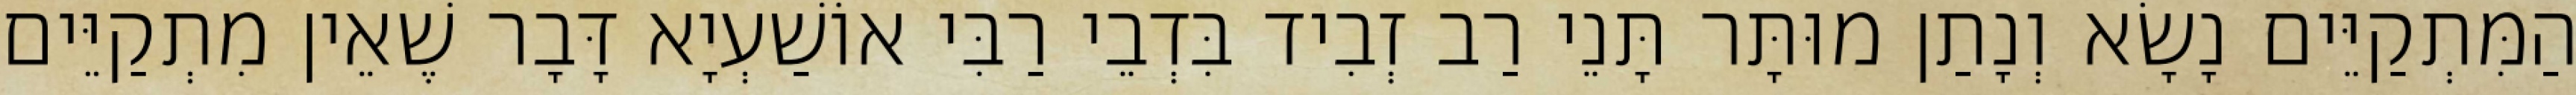
הַמִּתְקַיֵּים נָשָׂא וְנָתַן מוּתָּר תָּנֵי רַב זְבִיד בִּדְבֵי רַבִּי אוֹשַׁעְיָא דָּבָר שֶׁאֵין מִתְקַיֵּים